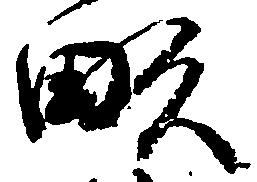
畝